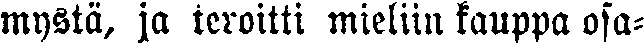
mystä, ja teroitti mieliin kauppa osa-